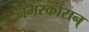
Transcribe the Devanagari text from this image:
नमस्कारान्